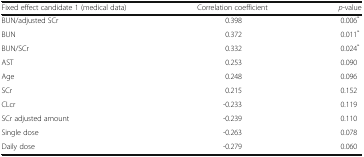
<table><thead><tr><td><b>Fixed effect candidate 1 (medical data)</b></td><td><b>Correlation coefficient</b></td><td><b><i>p</i>-value</b></td></tr></thead><tbody><tr><td>BUN/adjusted SCr</td><td>0.398</td><td>0.006<sup>*</sup></td></tr><tr><td>BUN</td><td>0.372</td><td>0.011<sup>*</sup></td></tr><tr><td>BUN/SCr</td><td>0.332</td><td>0.024<sup>*</sup></td></tr><tr><td>AST</td><td>0.253</td><td>0.090</td></tr><tr><td>Age</td><td>0.248</td><td>0.096</td></tr><tr><td>SCr</td><td>0.215</td><td>0.152</td></tr><tr><td>CLcr</td><td>-0.233</td><td>0.119</td></tr><tr><td>SCr adjusted amount</td><td>-0.239</td><td>0.110</td></tr><tr><td>Single dose</td><td>-0.263</td><td>0.078</td></tr><tr><td>Daily dose</td><td>-0.279</td><td>0.060</td></tr></tbody></table>